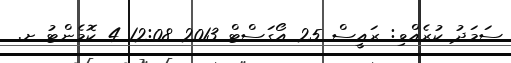
ސަމަދު ކުރެއްވި: ރައީސް 25 އޯގަސްޓް 2013 12:08 4 ކޮމެންޓު ށ.